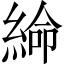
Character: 𦁸